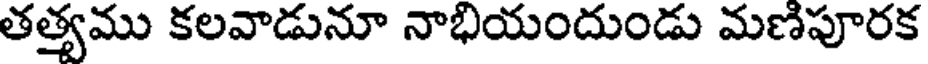
తత్యము కలవాడునూ నాభియందుండు మణిపూరక